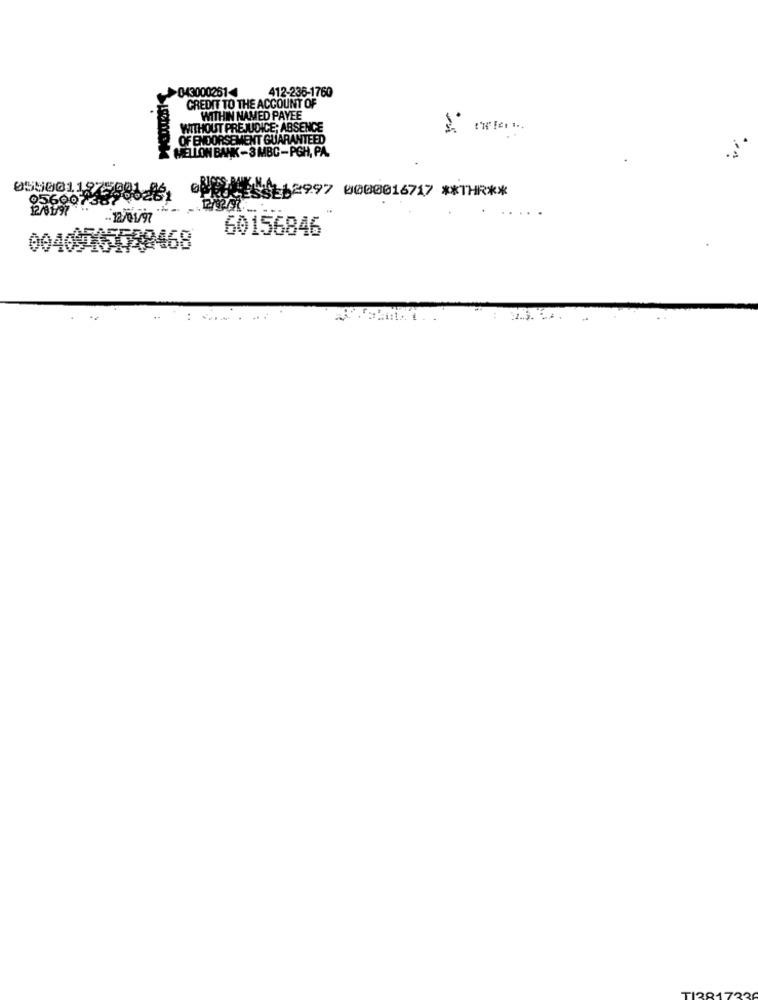
>043000261
412-236-1760
CREDIT TO THE ACCOUNT OF
WITHIN NAMED PAYEE
WITHOUT PREJUDICE; ABSENCE
OF ENDORSEMENT GUARANTEED
MELLON BANK-3 MBC-PGH, PA.
12997 0000016717 ** THR **
956007387
.2/01/97
60156846
00409463738468
: --